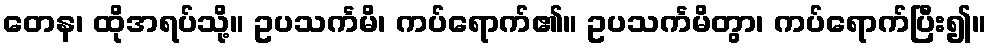
တေန၊ ထိုအရပ်သို့။ ဥပသင်္ကမိ၊ ကပ်ရောက်၏။ ဥပသင်္ကမိတွာ၊ ကပ်ရောက်ပြီး၍။